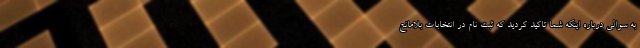
به سوالی درباره اینکه شما تاکید کردید که ثبت نام در انتخابات بلامانع